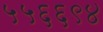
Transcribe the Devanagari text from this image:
५५६६९४